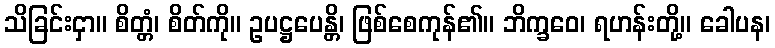
သိခြင်းငှာ။ စိတ္တံ၊ စိတ်ကို။ ဥပဋ္ဌပေန္တိ၊ ဖြစ်စေကုန်၏။ ဘိက္ခဝေ၊ ရဟန်းတို့။ ခေါပန၊